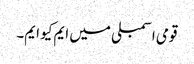
قومی اسمبلی میں ایم کیو ایم۔